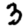
Digit: 3